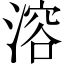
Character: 溶